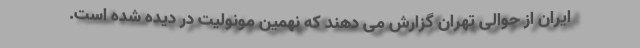
ایران از حوالی تهران گزارش می دهند که نهمین مونولیت در دیده شده است.